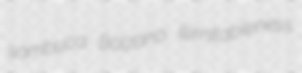
sambuca Bolzano illimitableness